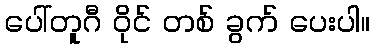
ပေါ်တူဂီ ဝိုင် တစ် ခွက် ပေးပါ။